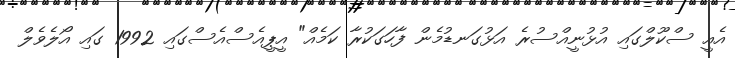
އެއީ ސްކޫލްގައި އުޅުނީއްސުރެ އަޅުގަނޑުމެން ފާހަގަކުރާ ކަމެއް" އީޕީއެސްއެސްގައި 1992 ގައި އޯލެވެލް